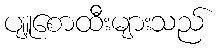
ပျူစောထီးများသည်